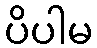
ပိပါမ